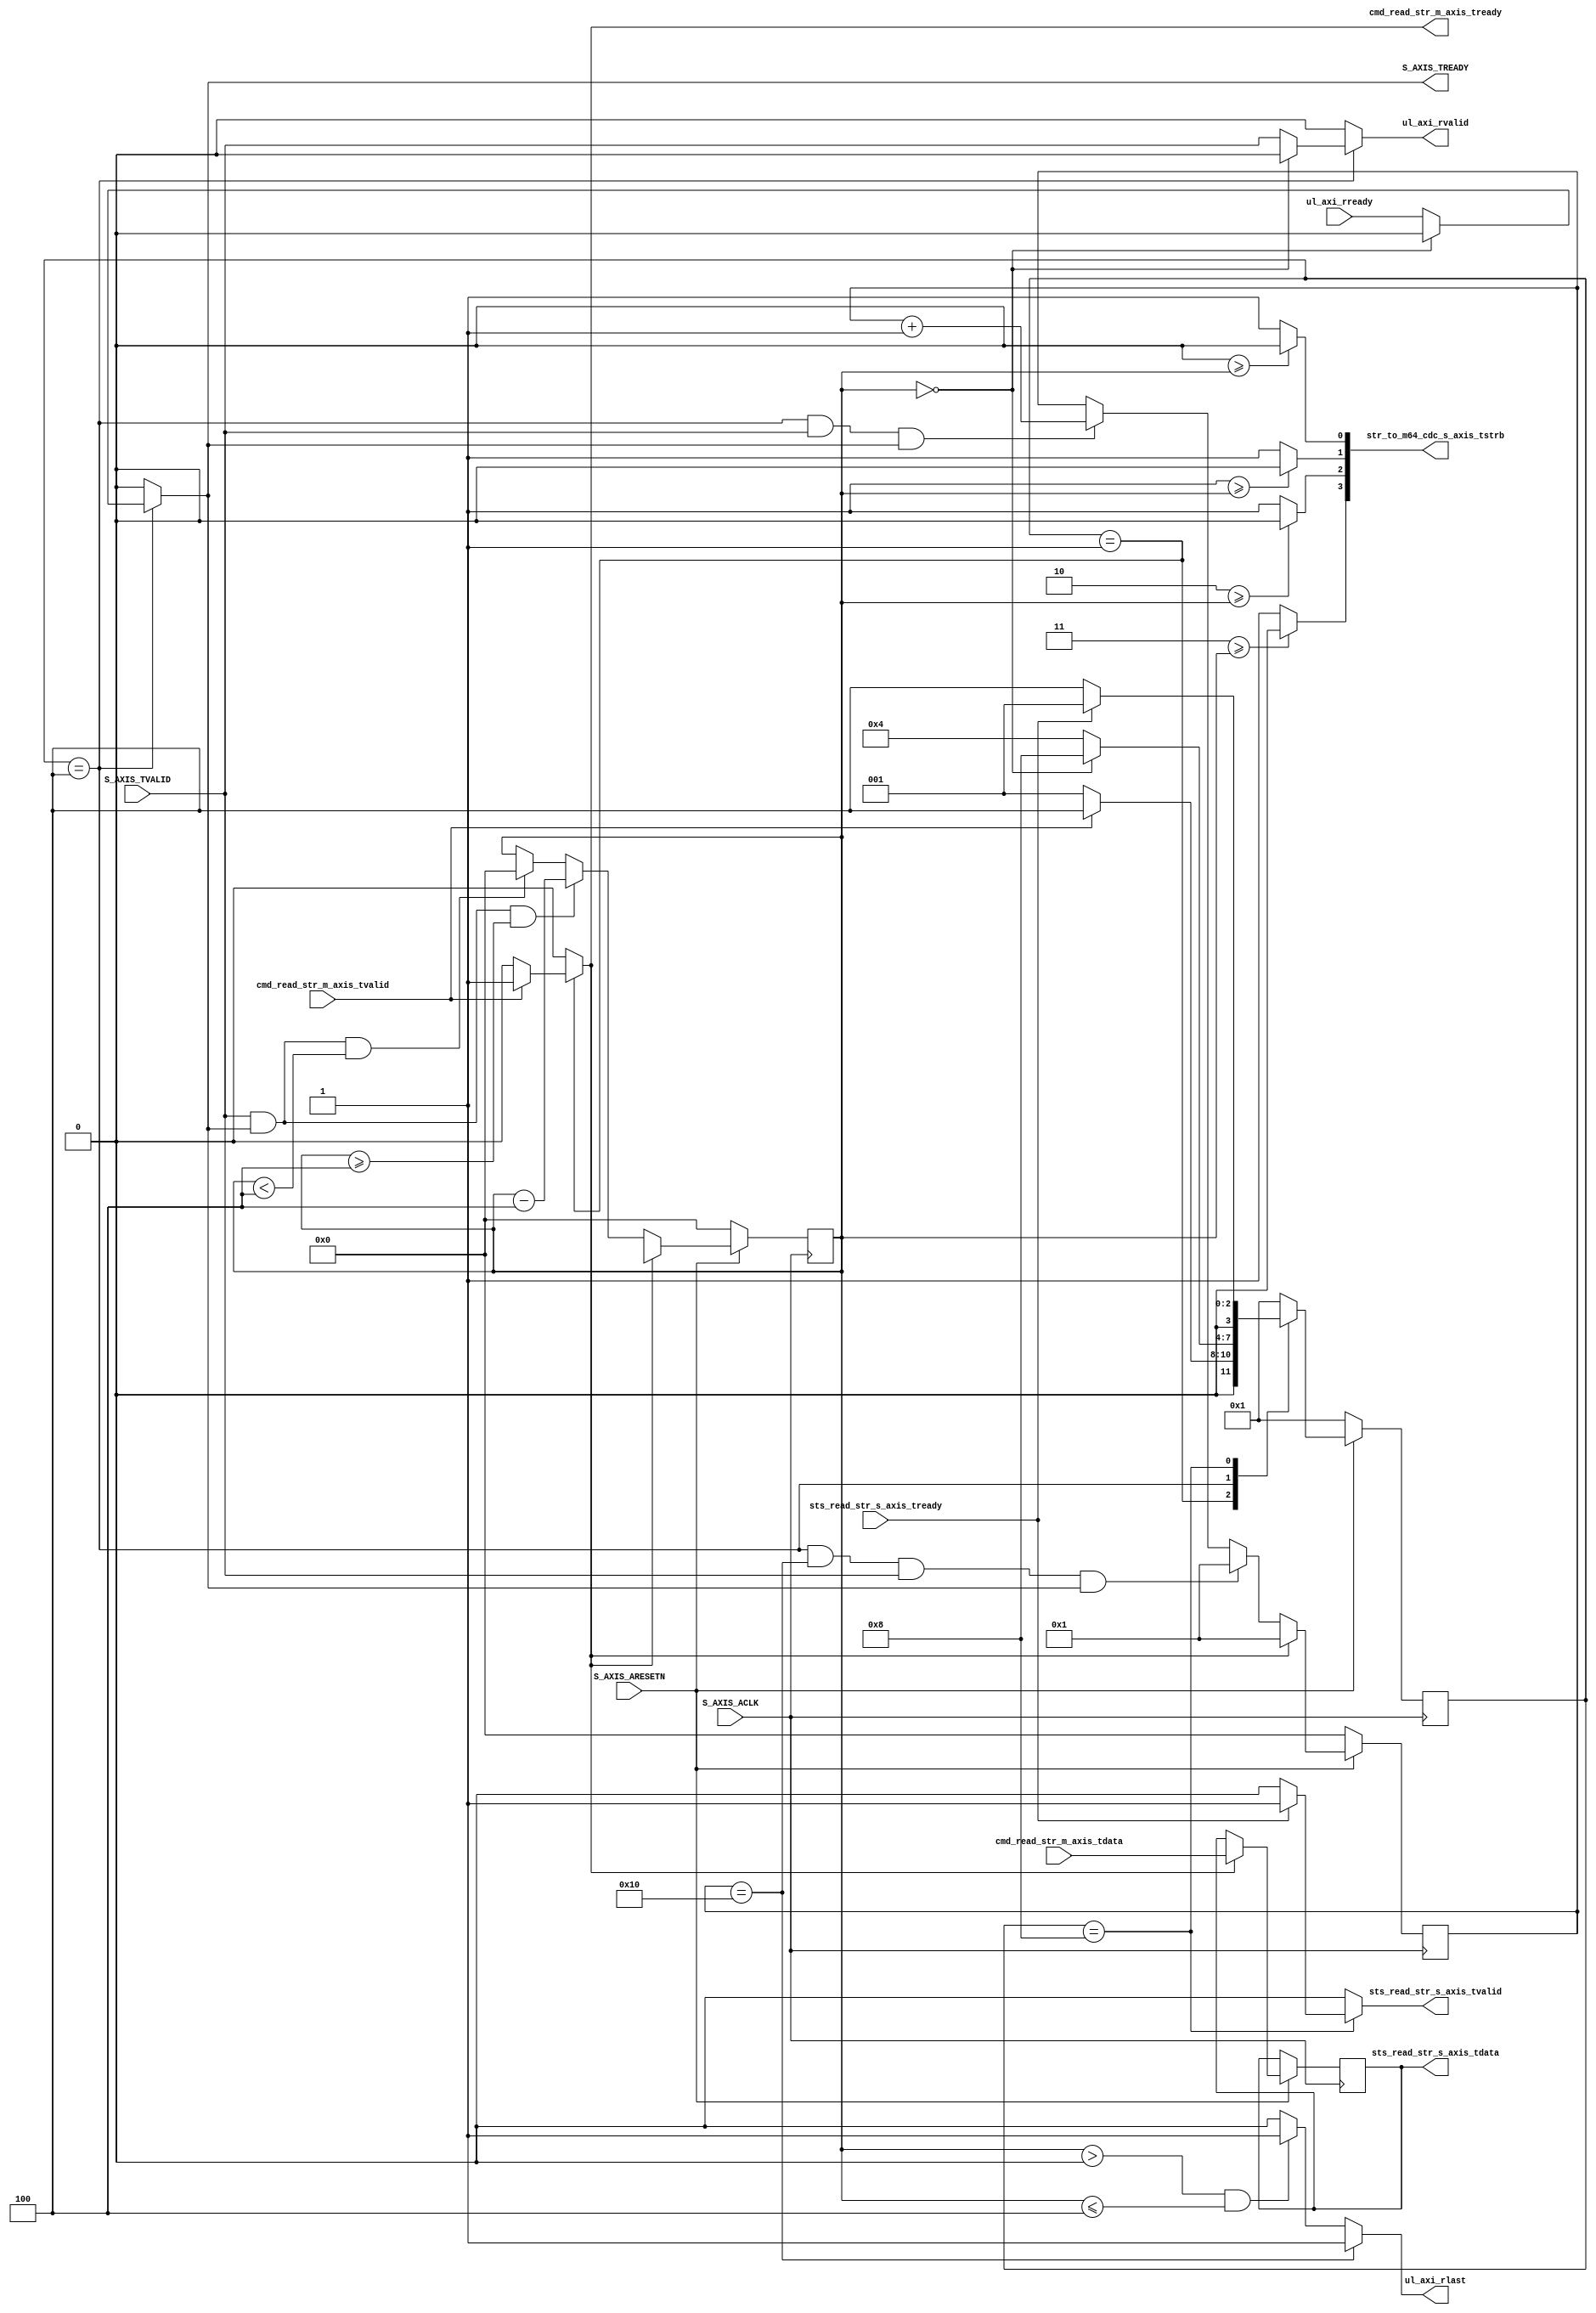
//
// Copyright (C) 2014 David de la Chevallerie, TU Darmstadt
//
// This file is part of Tapasco (TPC).
//
// Tapasco is free software: you can redistribute it and/or modify
// it under the terms of the GNU Lesser General Public License as published by
// the Free Software Foundation, either version 3 of the License, or
// (at your option) any later version.
//
// Tapasco is distributed in the hope that it will be useful,
// but WITHOUT ANY WARRANTY; without even the implied warranty of
// MERCHANTABILITY or FITNESS FOR A PARTICULAR PURPOSE.  See the
// GNU Lesser General Public License for more details.
//
// You should have received a copy of the GNU Lesser General Public License
// along with Tapasco.  If not, see <http://www.gnu.org/licenses/>.
//

`timescale 1 ns / 1 ps

	module dual_dma_v1_0_S_AXIS #
	(
		// Users to add parameters here

		parameter integer C_M_AXI_CMD_STR_WIDTH	= 32,
		parameter integer C_M_AXI_STS_STR_WIDTH	= 32,
		parameter integer C_S_AXIS_BURST_LEN	= 16,

		// Width of m64 data Bus for last signal generation
		parameter integer C_M64_AXI_DATA_WIDTH	= 32,

		// User parameters ends
		// Do not modify the parameters beyond this line

		// AXI4Stream sink: Data Width
		parameter integer C_S_AXIS_TDATA_WIDTH	= 32
	)
	(
		// Users to add ports here

		// signal from cmd fifo for stream
		input wire cmd_read_str_m_axis_tvalid,
		output reg cmd_read_str_m_axis_tready,
		input wire [C_M_AXI_CMD_STR_WIDTH - 1 : 0] cmd_read_str_m_axis_tdata,

		// signal from sts fifos for slave register
		output reg sts_read_str_s_axis_tvalid,
		input wire sts_read_str_s_axis_tready,
		output reg [C_M_AXI_STS_STR_WIDTH - 1 : 0] sts_read_str_s_axis_tdata,

		output reg [C_S_AXIS_TDATA_WIDTH/8-1 : 0] str_to_m64_cdc_s_axis_tstrb,
		// signal from fifo for cdc and dwc
		input wire ul_axi_rready,
		output reg ul_axi_rvalid,
		output reg ul_axi_rlast,

		// User ports ends
		// Do not modify the ports beyond this line

		// AXI4Stream sink: Clock
		input wire  S_AXIS_ACLK,
		// AXI4Stream sink: Reset
		input wire  S_AXIS_ARESETN,
		// Ready to accept data in
		output reg  S_AXIS_TREADY,
		// Data in
		//input wire [C_S_AXIS_TDATA_WIDTH-1 : 0] S_AXIS_TDATA,
		// Byte qualifier
		//input wire [(C_S_AXIS_TDATA_WIDTH/8)-1 : 0] S_AXIS_TSTRB,
		// Indicates boundary of last packet
		//input wire  S_AXIS_TLAST,
		// Data is in valid
		input wire  S_AXIS_TVALID
	);

	// function called clogb2 that returns an integer which has the 
	// value of the ceiling of the log base 2.
	function integer clogb2 (input integer bit_depth);
	  begin
	    for(clogb2=0; bit_depth>0; clogb2=clogb2+1)
	      bit_depth = bit_depth >> 1;
	  end
	endfunction

	// Add user logic here	

	integer i;

	localparam integer BYTES_PER_BEAT = C_S_AXIS_TDATA_WIDTH/8;
	localparam integer BYTES_PER_BURST = C_S_AXIS_BURST_LEN*BYTES_PER_BEAT;

	// paramter for fsm and control unit
	localparam integer STATE_BIT_WIDTH 		= 4;
	localparam [STATE_BIT_WIDTH - 1 : 0] IDLE 	= 4'b0001;
	localparam [STATE_BIT_WIDTH - 1 : 0] BURST 	= 4'b0010;
	localparam [STATE_BIT_WIDTH - 1 : 0] WAIT 	= 4'b0100;
	localparam [STATE_BIT_WIDTH - 1 : 0] DONE 	= 4'b1000;

	reg  [STATE_BIT_WIDTH - 1 : 0] 		state_read;
	reg  [STATE_BIT_WIDTH - 1 : 0] 		next_state_read;

	reg load_read_registers;
	reg [31 : 0] read_counter;
	reg [31 : 0] last_counter;

	// switch next_state_read synchron
	always @( posedge S_AXIS_ACLK )
	begin
	  if ( S_AXIS_ARESETN == 1'b0 )
		begin
		    state_read <= IDLE;
		end
	  else
		begin
		    state_read <= next_state_read;
		end
	end

	// combinatorc logic to calculate next state_read
	// and logic to give outputs
	always @( * )
	begin
	    load_read_registers = 1'b0;
	    cmd_read_str_m_axis_tready = 1'b0;
	    sts_read_str_s_axis_tvalid = 1'b0;
	    S_AXIS_TREADY = 1'b0;
	    ul_axi_rvalid = 1'b0;
	
	    case(state_read)
		IDLE:
		    begin
			if(cmd_read_str_m_axis_tvalid == 1'b1)
			    begin				
	    			cmd_read_str_m_axis_tready = 1'b1;			
	    			load_read_registers = 1'b1;
				next_state_read = WAIT;
			    end
			else
			    begin
		    		next_state_read = IDLE;
			    end
		    end
		WAIT:
		    begin
			if(read_counter == 0)
			    begin
				next_state_read = DONE;
			    end
			else
			    begin
				S_AXIS_TREADY = ul_axi_rready;
				ul_axi_rvalid = S_AXIS_TVALID;
		    		next_state_read = WAIT;
			    end
		    end
		DONE:
		    begin
			if(sts_read_str_s_axis_tready == 1'b1)
			    begin				
	    			sts_read_str_s_axis_tvalid = 1'b1;
				next_state_read = IDLE;
			    end
			else
			    begin
		    		next_state_read = WAIT;
			    end
		    end
		default:
		    next_state_read = IDLE;
	    endcase
	end

	// count valid transfers reads
	  always @(posedge S_AXIS_ACLK)
	  begin
	    if (S_AXIS_ARESETN == 0)
	      begin
	        read_counter <= 0;
	      end
	    else
		if(load_read_registers == 1'b1)
		   begin
		      sts_read_str_s_axis_tdata <= cmd_read_str_m_axis_tdata[31:0];
		      read_counter <= cmd_read_str_m_axis_tdata[63:32];
		   end
		else if(S_AXIS_TVALID && S_AXIS_TREADY && read_counter >= BYTES_PER_BEAT)
		   begin
		      read_counter <= read_counter - BYTES_PER_BEAT;
		   end
		else if(S_AXIS_TVALID && S_AXIS_TREADY && read_counter < BYTES_PER_BEAT)
		   begin
		      read_counter <= 0;
		   end
	  end

	// calculate strobe of reads
	  always @(*)
	  begin
	    str_to_m64_cdc_s_axis_tstrb <= {BYTES_PER_BEAT{1'b1}};
	    for(i = 0; i < BYTES_PER_BEAT; i = i + 1)
		begin
		   if(i >= read_counter)	   
		   	str_to_m64_cdc_s_axis_tstrb[i] <= 1'b0;
		end
	  end

	
	// count successfull data transfers in bursts strides
	  always @(posedge S_AXIS_ACLK)
	  begin
	    if (S_AXIS_ARESETN == 0)
	      begin
	        last_counter <= 0;
	      end
	    else
		if(load_read_registers == 1'b1)
		   begin
		      last_counter <= 1;
		   end
		else if(state_read == WAIT && last_counter == C_S_AXIS_BURST_LEN && S_AXIS_TVALID && S_AXIS_TREADY  )
		   begin
		      last_counter <= 1;
		   end
		else if(state_read == WAIT && S_AXIS_TVALID && S_AXIS_TREADY )
		   begin
		      last_counter <= last_counter + 1;
		   end
	  end

	// output rlast with every end of beat and if last of overall stream
	  always @(*)
	  begin
	    if(last_counter == C_S_AXIS_BURST_LEN)
		ul_axi_rlast = 1'b1;
	    else if(read_counter > 0 && read_counter <= BYTES_PER_BEAT)
		ul_axi_rlast = 1'b1;
	    else
		ul_axi_rlast = 1'b0;
	  end

	// User logic ends

	endmodule